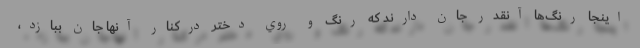
اينجا رنگ‌ها آنقدر جان دارند كه رنگ و روي دختر دركنار آنها جان ببازد،